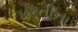
ઘરતીના